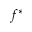
f ^ { * }